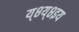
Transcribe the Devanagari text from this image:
य्८य्८इय